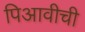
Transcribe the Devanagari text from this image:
पिआवीची